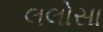
લલોસા